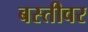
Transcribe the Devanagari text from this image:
बस्तीवर